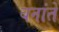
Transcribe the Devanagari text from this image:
बनांते